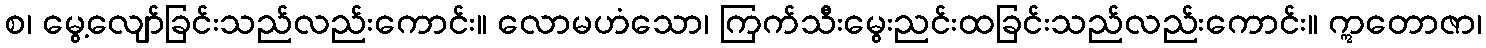
စ၊ မွေ့လျော်ခြင်းသည်လည်းကောင်း။ လောမဟံသော၊ ကြက်သီးမွေးညင်းထခြင်းသည်လည်းကောင်း။ ဣတောဇာ၊